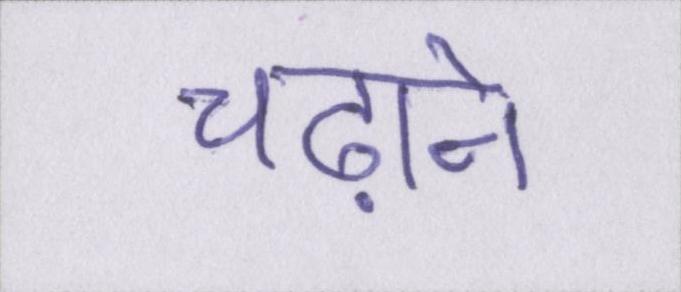
चढ़ाने